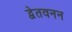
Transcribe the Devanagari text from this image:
द्वेतवनन